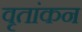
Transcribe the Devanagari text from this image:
वृतांकन